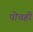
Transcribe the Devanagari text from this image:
पोचही